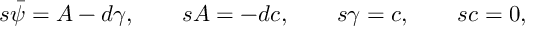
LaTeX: s { \bar { \psi } } = A - d { \gamma } , \quad \quad s A = - d c , \quad \quad s \gamma = c , \quad \quad s c = 0 ,